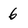
Character: 6